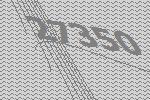
27350